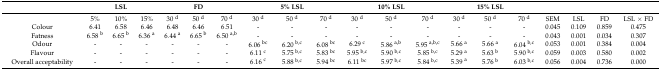
<table><thead><tr><td></td><td></td><td><b>LSL</b></td><td></td><td></td><td><b>FD</b></td><td></td><td></td><td><b>5% LSL</b></td><td></td><td></td><td><b>10% LSL</b></td><td></td><td></td><td><b>15% LSL</b></td><td></td><td></td><td></td><td></td><td></td></tr></thead><tbody><tr><td></td><td>5%</td><td>10%</td><td>15%</td><td>30 <sup>d</sup></td><td>50 <sup>d</sup></td><td>70 <sup>d</sup></td><td>30 <sup>d</sup></td><td>50 <sup>d</sup></td><td>70 <sup>d</sup></td><td>30 <sup>d</sup></td><td>50 <sup>d</sup></td><td>70 <sup>d</sup></td><td>30 <sup>d</sup></td><td>50 <sup>d</sup></td><td>70 <sup>d</sup></td><td>SEM</td><td>LSL</td><td>FD</td><td>LSL × FD</td></tr><tr><td>Colour</td><td>6.41</td><td>6.58</td><td>6.46</td><td>6.48</td><td>6.46</td><td>6.51</td><td>-</td><td>-</td><td>-</td><td>-</td><td>-</td><td>-</td><td>-</td><td>-</td><td>-</td><td>0.045</td><td>0.109</td><td>0.859</td><td>0.475</td></tr><tr><td>Fatness </td><td>6.58 <sup>b</sup></td><td>6.65 <sup>b</sup></td><td>6.36 <sup>a</sup></td><td>6.44 <sup>a</sup></td><td>6.65 <sup>b</sup></td><td>6.50 <sup>a,b</sup></td><td>-</td><td>-</td><td>-</td><td>-</td><td>-</td><td>-</td><td>-</td><td>-</td><td>-</td><td>0.043</td><td>0.001</td><td>0.034</td><td>0.307</td></tr><tr><td>Odour</td><td>-</td><td>-</td><td>-</td><td>-</td><td>-</td><td>-</td><td>6.06 <sup>bc</sup></td><td>6.20 <sup>b,c</sup></td><td>6.08 <sup>bc</sup></td><td>6.29 <sup>c</sup></td><td>5.86 <sup>a,b</sup></td><td>5.95 <sup>a,b,c</sup></td><td>5.66 <sup>a</sup></td><td>5.66 <sup>a</sup></td><td>6.04 <sup>b,c</sup></td><td>0.053</td><td>0.001</td><td>0.384</td><td>0.004</td></tr><tr><td>Flavour</td><td>-</td><td>-</td><td>-</td><td>-</td><td>-</td><td>-</td><td>6.11 <sup>c</sup></td><td>5.75 <sup>b,c</sup></td><td>5.83 <sup>bc</sup></td><td>5.95 <sup>b,c</sup></td><td>5.90 <sup>b,c</sup></td><td>5.85 <sup>b,c</sup></td><td>5.29 <sup>a</sup></td><td>5.63 <sup>b</sup></td><td>5.90 <sup>b,c</sup></td><td>0.059</td><td>0.003</td><td>0.580</td><td>0.002</td></tr><tr><td>Overall acceptability</td><td>-</td><td>-</td><td>-</td><td>-</td><td>-</td><td>-</td><td>6.16 <sup>c</sup></td><td>5.88 <sup>b,c</sup></td><td>5.94 <sup>bc</sup></td><td>6.11 <sup>bc</sup></td><td>5.97 <sup>b,c</sup></td><td>5.84 <sup>b,c</sup></td><td>5.39 <sup>a</sup></td><td>5.76 <sup>b</sup></td><td>6.03 <sup>b,c</sup></td><td>0.056</td><td>0.004</td><td>0.736</td><td>0.000</td></tr></tbody></table>